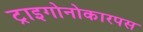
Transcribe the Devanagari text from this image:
ट्राइगोनोकारपस